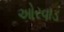
ઓરવાડ